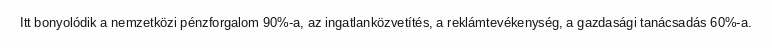
Itt bonyolódik a nemzetközi pénzforgalom 90%-a, az ingatlanközvetítés, a reklámtevékenység, a gazdasági tanácsadás 60%-a.